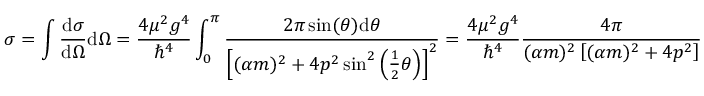
\sigma = \int { \frac { \mathrm { d } \sigma } { \mathrm { d } \Omega } } \mathrm { d } \Omega = { \frac { 4 \mu ^ { 2 } g ^ { 4 } } { \hbar ^ { 4 } } } \int _ { 0 } ^ { \pi } { \frac { 2 \pi \sin ( \theta ) \mathrm { d } \theta } { \left[ ( \alpha m ) ^ { 2 } + 4 p ^ { 2 } \sin ^ { 2 } \left( { \frac { 1 } { 2 } } \theta \right) \right] ^ { 2 } } } = { \frac { 4 \mu ^ { 2 } g ^ { 4 } } { \hbar ^ { 4 } } } { \frac { 4 \pi } { ( \alpha m ) ^ { 2 } \left[ ( \alpha m ) ^ { 2 } + 4 p ^ { 2 } \right] } }